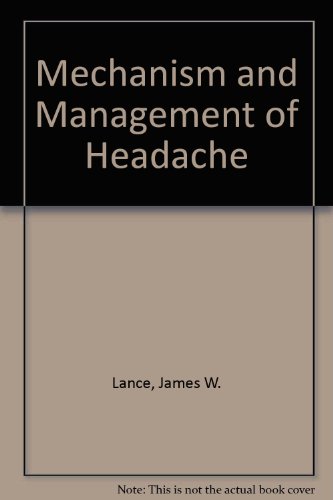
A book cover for Mechanism and Management of Headache; James W. Lance; Health, Fitness & Dieting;